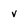
Character: v